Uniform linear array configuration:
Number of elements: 32
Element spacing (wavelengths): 1
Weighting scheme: hamming
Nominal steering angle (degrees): -15
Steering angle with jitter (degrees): -16.919
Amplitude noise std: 0.05
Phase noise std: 0.05

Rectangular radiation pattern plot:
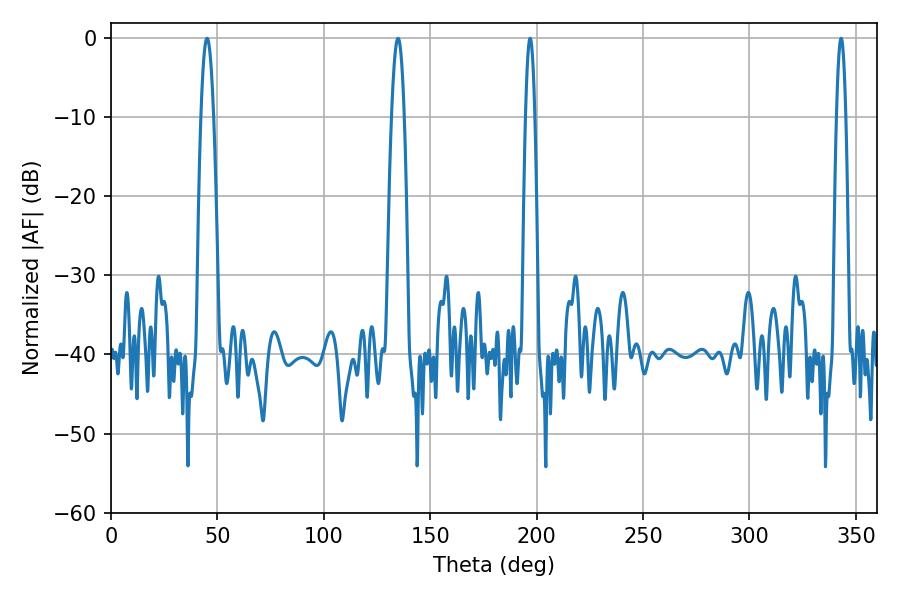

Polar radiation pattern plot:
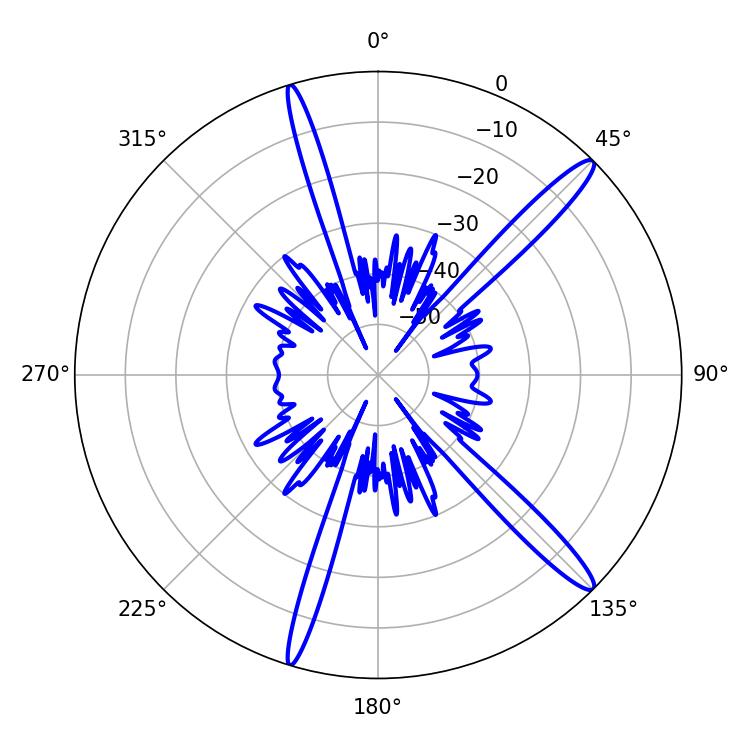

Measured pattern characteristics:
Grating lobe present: TRUE
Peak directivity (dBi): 15.111
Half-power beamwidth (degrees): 2.34
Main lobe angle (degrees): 196.92